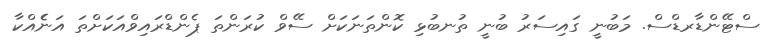
ސްޓޭންޑާރޑްސް. މަބުނީ ގައިސަރު ބުނީ ތުނބުޅި ކޮންތަނަކަށް ސޭވް ކުރަންތަ ޕެންޑްރައިވްއަކަށްތަ އަނެެއްކާ